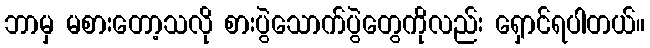
ဘာမှ မစားတော့သလို စားပွဲသောက်ပွဲတွေကိုလည်း ရှောင်ရပါတယ်။